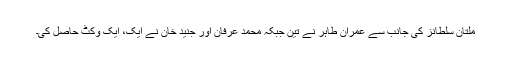
ملتان سلطانز کی جانب سے عمران طاہر نے تین جبکہ محمد عرفان اور جنید خان نے ایک، ایک وکٹ حاصل کی۔